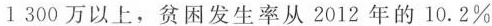
1300万以上，贫困发生率从2012年的10.2%